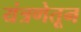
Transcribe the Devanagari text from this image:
यंत्रणेतून